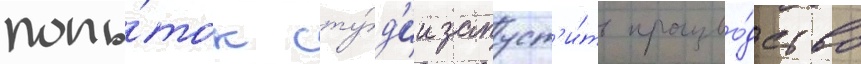
попы́ток сту́д'ии запуст'и́ть произво́дство